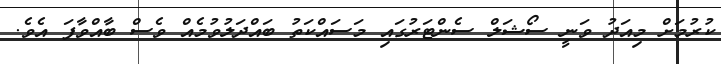
ކުރުމަށް މިއަދު ވަނީ ސޯޝަލް ސެންޓަރުގައި މަސައްކަތު ބައްދަލުވުމެއް ވެސް ބާއްވާފަ އެވެ.